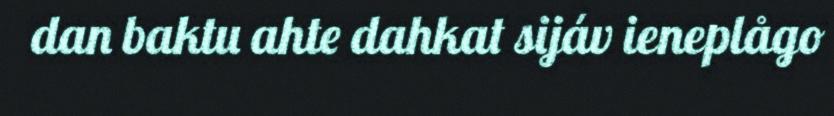
dan baktu ahte dahkat sijáv ieneplågo